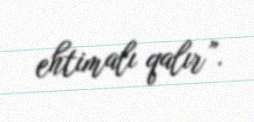
ehtimalı qalır”.